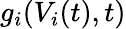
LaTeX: g_{i}(V_{i}(t),t)